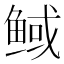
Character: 𮬟